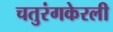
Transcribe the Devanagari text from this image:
चतुरंगकेरली